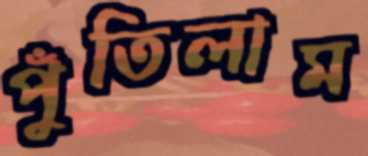
পুঁতিলাম